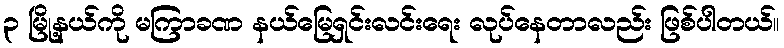
၃ မြို့နယ်ကို မကြာခဏ နယ်မြေရှင်းလင်းရေး လုပ်နေတာလည်း ဖြစ်ပါတယ်။